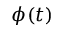
\phi ( t )